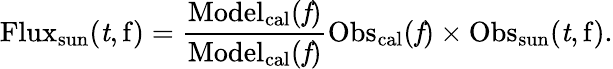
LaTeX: \mathrm{Flux_{sun}(\mathit t,f)=\mathrm{\frac{Model_{cal}(\mathit f)}{Model_{cal}(\mathit f)}{Obs_{cal}(\mathit f)}\times\mathrm{Obs_{sun}(\mathit t,f).}}}